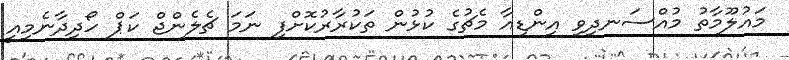
މައުލޫމާތު މުއްސަނދިވި އިންޑިއާ މެޗުގެ ކުޅުން ތަކުރާރުކޮށްފި ނަމަ ޗެލެންޖް ކަޕް ހޯދިދާނެމިއީ